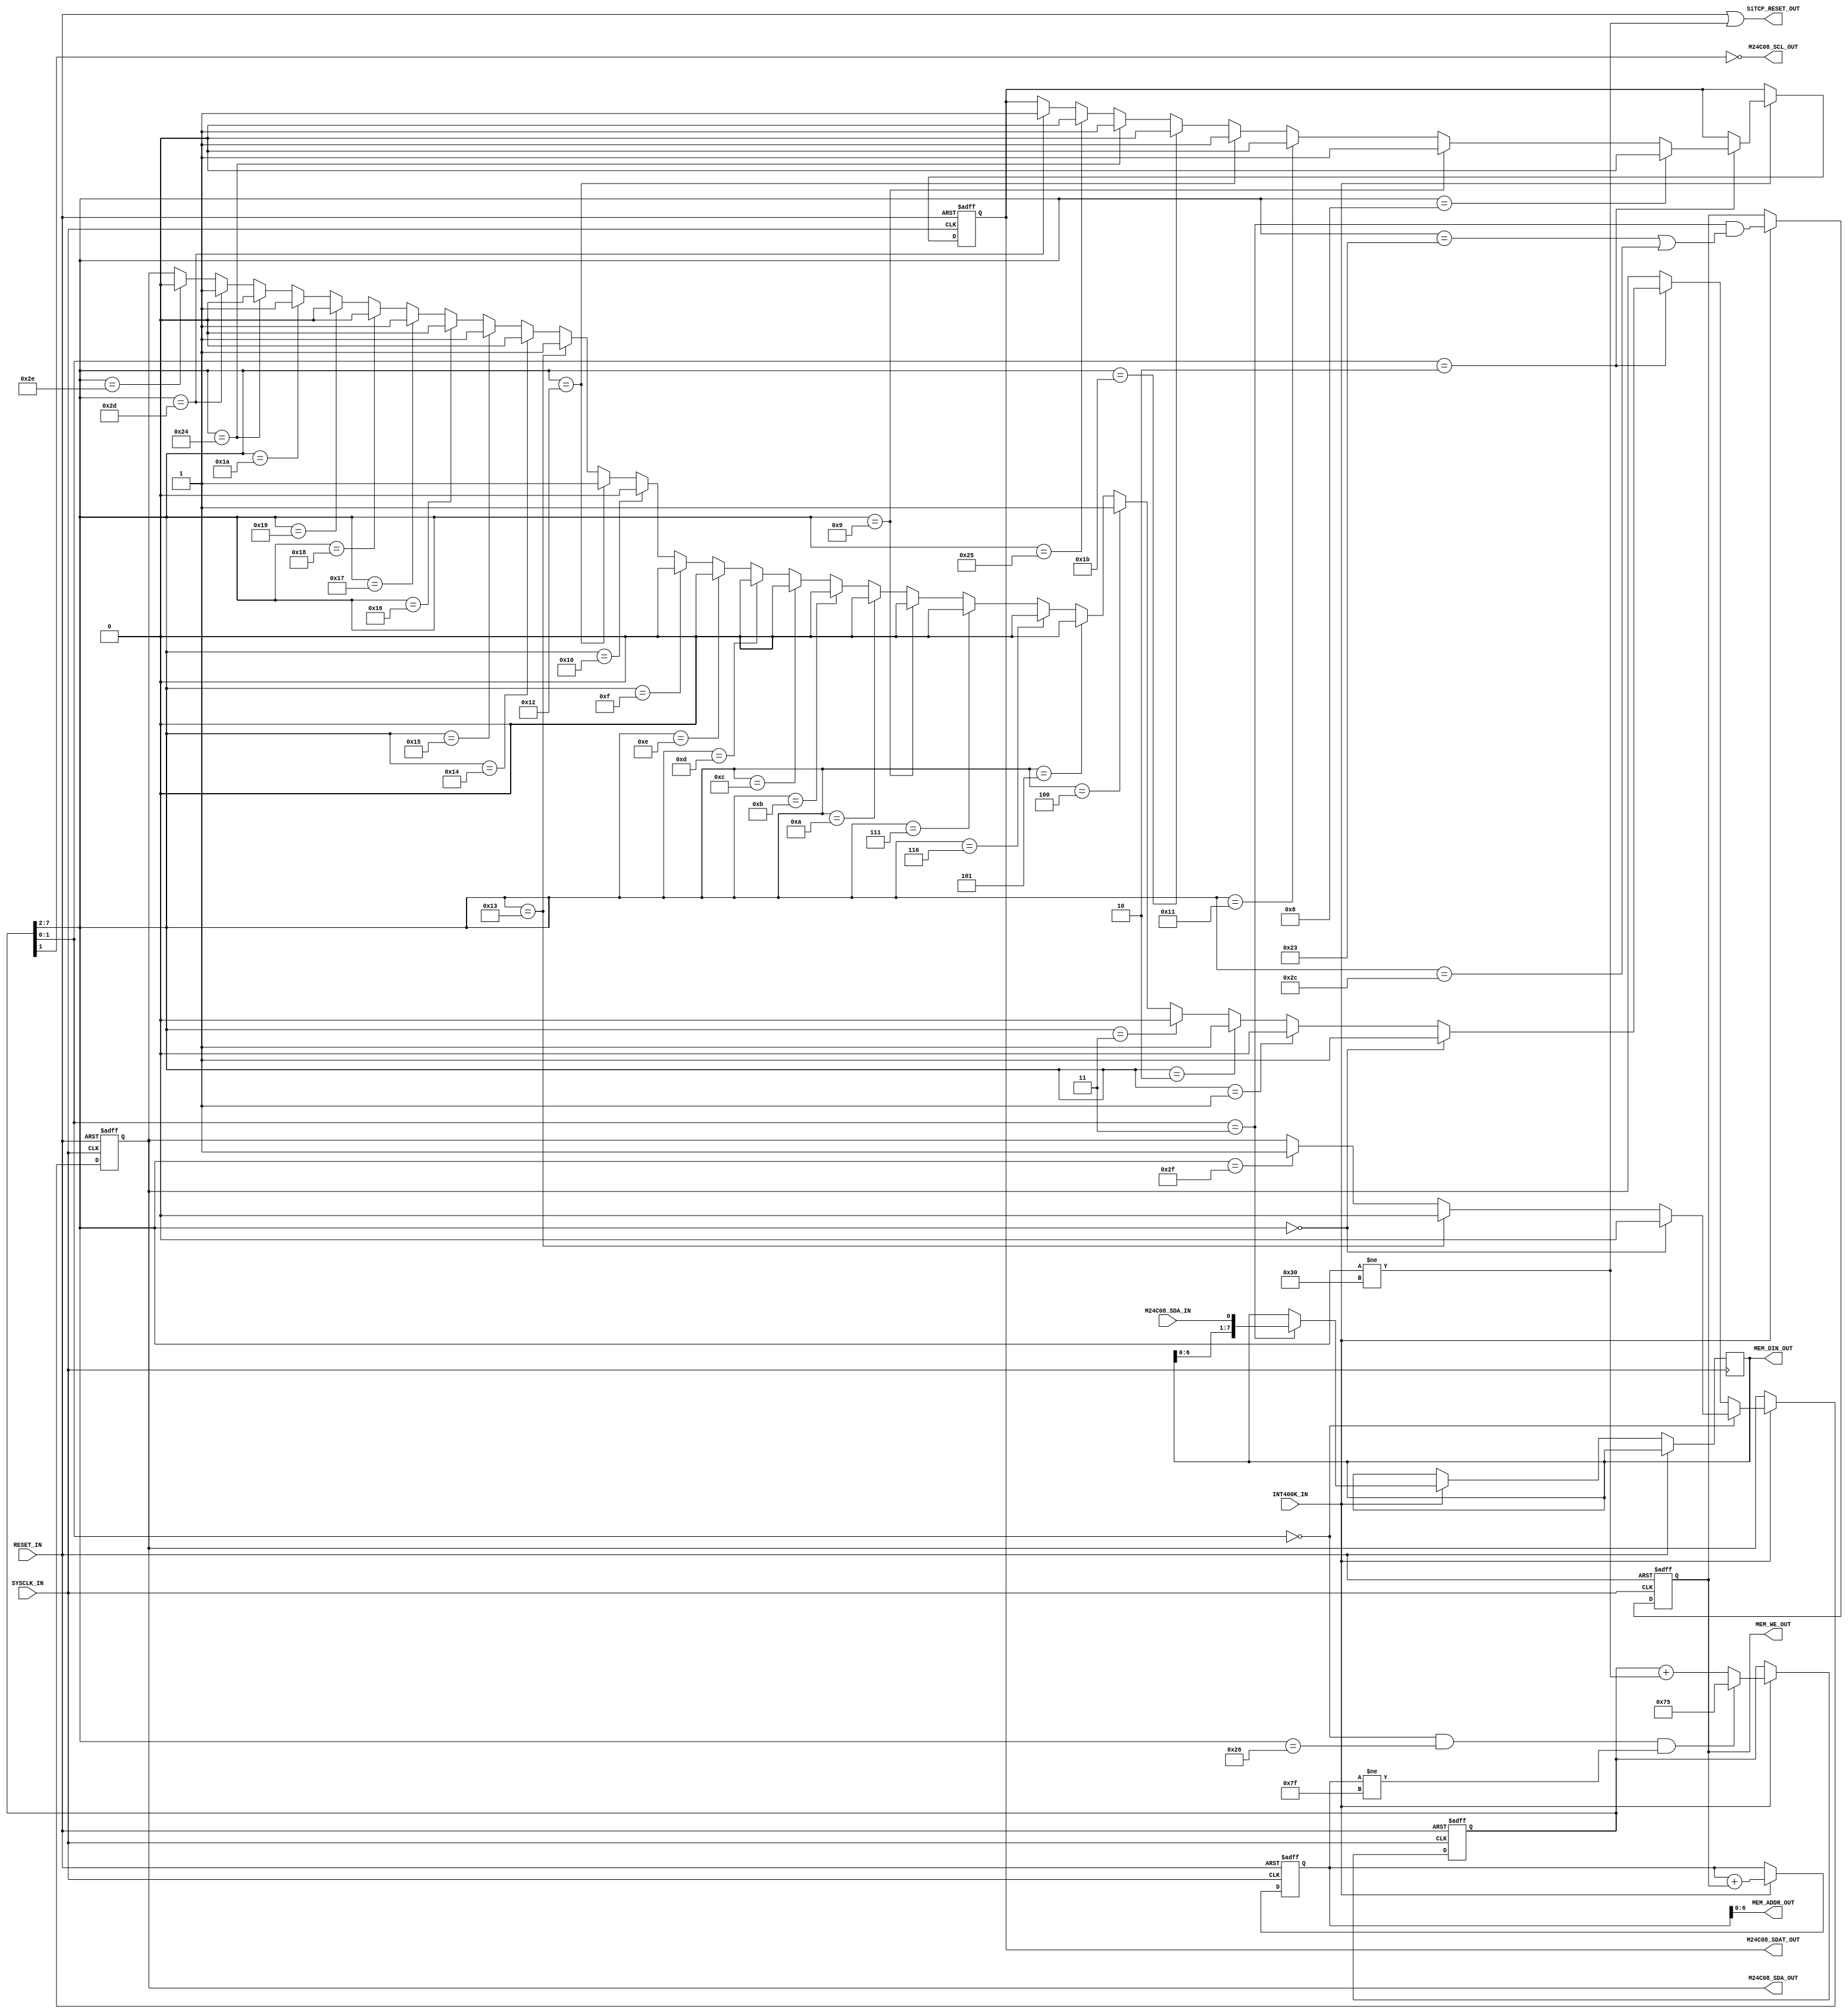

//-------------------------------------------------------------------//
//
//	System      : AT93C46_M24C08
//
//	Module      : M24_READER
//
//	Description : M24 Reader
//
//
//	Note	:
//
//	history	:
//		1.0.0.0		150629	-----	Created by N.Tanaka
//
//-------------------------------------------------------------------//



module M24_READER(
	M24C08_SCL_OUT,
	M24C08_SDA_OUT,
	M24C08_SDA_IN,
	M24C08_SDAT_OUT,

	RESET_IN,
	SiTCP_RESET_OUT,

	INT400K_IN,
	SYSCLK_IN,

	MEM_WE_OUT,
	MEM_ADDR_OUT,
	MEM_DIN_OUT
);

	output	wire			M24C08_SCL_OUT;
	output	reg				M24C08_SDA_OUT;
	input	wire			M24C08_SDA_IN;
	output	reg				M24C08_SDAT_OUT;

	input	wire			RESET_IN;
	output	wire			SiTCP_RESET_OUT;

	input	wire			INT400K_IN;
	input	wire			SYSCLK_IN;

	output	reg				MEM_WE_OUT;
	output	wire	[6:0]	MEM_ADDR_OUT;
	output	reg		[7:0]	MEM_DIN_OUT;



	reg		[7:0]	ADDRESS;
	reg		[7:0]	COUNT;

	assign	SiTCP_RESET_OUT 	= RESET_IN | ( COUNT[7:2] != 6'd48 );
	assign	MEM_ADDR_OUT[6:0]	= ADDRESS[6:0];
	assign	M24C08_SCL_OUT		= ~COUNT[1];



	always @( posedge SYSCLK_IN or posedge RESET_IN ) begin
		if ( RESET_IN ) begin
			ADDRESS[7:0]	<= 8'd0;
			COUNT[7:0]		<= 8'd0;
			M24C08_SDA_OUT	<= 1'd1;
			M24C08_SDAT_OUT	<= 1'd1;
			MEM_WE_OUT		<= 1'd0;
		end else begin
			COUNT[7:0]		<= ~INT400K_IN ? COUNT[7:0] :
							   ( COUNT[1:0] == 2'd0 ) & ( COUNT[7:2] == 6'd38 ) & ( ADDRESS[7:0] != 8'd127 ) ?
									{6'd29,2'd1} : COUNT[7:0] + ( COUNT[7:2] != 6'd48 );

			M24C08_SDA_OUT	<= ~INT400K_IN ? M24C08_SDA_OUT :
							   ( COUNT[1:0] == 2'd0 ) ? (
									( COUNT[7:2] == 6'd0  ) ? 1'd0 :// START
									( COUNT[7:2] == 6'd19 ) ? 1'd0 :// START
									( COUNT[7:2] == 6'd47 ) ? 1'd1 :// STOP
									M24C08_SDA_OUT ) :
							   
							   ( COUNT[1:0] == 2'd2 ) ? (
									( COUNT[7:2] == 6'd0 ) ? 1'd1 :// Dev select
									( COUNT[7:2] == 6'd1 ) ? 1'd0 :
									( COUNT[7:2] == 6'd2 ) ? 1'd1 :
									( COUNT[7:2] == 6'd3 ) ? 1'd0 :
									( COUNT[7:2] == 6'd4 ) ? 1'd1 :
									( COUNT[7:2] == 6'd5 ) ? 1'd0 :
									( COUNT[7:2] == 6'd6 ) ? 1'd0 :
									( COUNT[7:2] == 6'd7 ) ? 1'd0 :
									// 8: ACK
									( COUNT[7:2] == 6'd9  ) ? 1'd0 :// Address
									( COUNT[7:2] == 6'd10 ) ? 1'd0 :
									( COUNT[7:2] == 6'd11 ) ? 1'd0 :
									( COUNT[7:2] == 6'd12 ) ? 1'd0 :
									( COUNT[7:2] == 6'd13 ) ? 1'd0 :
									( COUNT[7:2] == 6'd14 ) ? 1'd0 :
									( COUNT[7:2] == 6'd15 ) ? 1'd0 :
									( COUNT[7:2] == 6'd16 ) ? 1'd0 :
									// 17: ACK
									( COUNT[7:2] == 6'd18 ) ? 1'd1 :// START
									( COUNT[7:2] == 6'd19 ) ? 1'd1 :// Dev select
									( COUNT[7:2] == 6'd20 ) ? 1'd0 :
									( COUNT[7:2] == 6'd21 ) ? 1'd1 :
									( COUNT[7:2] == 6'd22 ) ? 1'd0 :
									( COUNT[7:2] == 6'd23 ) ? 1'd1 :
									( COUNT[7:2] == 6'd24 ) ? 1'd0 :
									( COUNT[7:2] == 6'd25 ) ? 1'd0 :
									( COUNT[7:2] == 6'd26 ) ? 1'd1 :
									// 27: ACK
									// 28: Read bit 7
									// 29: Read bit 6
									// 30: Read bit 5
									// 31: Read bit 4
									// 32: Read bit 3
									// 33: Read bit 2
									// 34: Read bit 1
									// 35: Read bit 0
									( COUNT[7:2] == 6'd36 ) ? 1'd0 :// ACK
									// 37: Read bit 7
									// 38: Read bit 6
									// 39: Read bit 5
									// 40: Read bit 4
									// 41: Read bit 3
									// 42: Read bit 2
									// 43: Read bit 1
									// 44: Read bit 0
									( COUNT[7:2] == 6'd45 ) ? 1'd1 :// NO ACK
									( COUNT[7:2] == 6'd46 ) ? 1'd0 :// STOP

									M24C08_SDA_OUT ) :
								M24C08_SDA_OUT;

			M24C08_SDAT_OUT	<= ~INT400K_IN ? M24C08_SDAT_OUT :
							   ( COUNT[1:0] == 2'd2 ) ? (
									( COUNT[7:2] == 6'd8  ) ? 1'd0 :
									( COUNT[7:2] == 6'd9  ) ? 1'd1 :
									( COUNT[7:2] == 6'd17 ) ? 1'd0 :
									( COUNT[7:2] == 6'd18 ) ? 1'd1 :
									( COUNT[7:2] == 6'd27 ) ? 1'd0 :
									( COUNT[7:2] == 6'd36 ) ? 1'd1 :
									( COUNT[7:2] == 6'd37 ) ? 1'd0 :
									( COUNT[7:2] == 6'd45 ) ? 1'd1 :

									M24C08_SDAT_OUT ) :
							   M24C08_SDAT_OUT;
			
			MEM_DIN_OUT[7:0]	<= ~INT400K_IN ? MEM_DIN_OUT[7:0]	: ( COUNT[1:0] == 2'b11 ) ? {MEM_DIN_OUT[6:0],M24C08_SDA_IN} : MEM_DIN_OUT[7:0];
			MEM_WE_OUT			<= ~INT400K_IN ? MEM_WE_OUT			: ( COUNT[1:0] == 2'b11 ) & ( ( COUNT[7:2] == 6'd35 ) | ( COUNT[7:2] == 6'd44 ) );
			ADDRESS[7:0]		<= ~INT400K_IN ? ADDRESS[7:0]		: ADDRESS[7:0] + {7'd0,MEM_WE_OUT};
		end
	end

endmodule